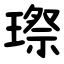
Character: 㻮